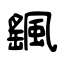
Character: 颻